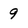
Character: 9